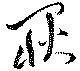
耿